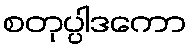
စတုပ္ပါဒကော